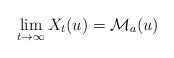
LaTeX: \begin{align*}\lim_{t\to \infty}X_{t}(u)=\mathcal{M}_{a}(u)\end{align*}